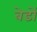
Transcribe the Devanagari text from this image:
बेडों